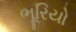
ભૂરિયો